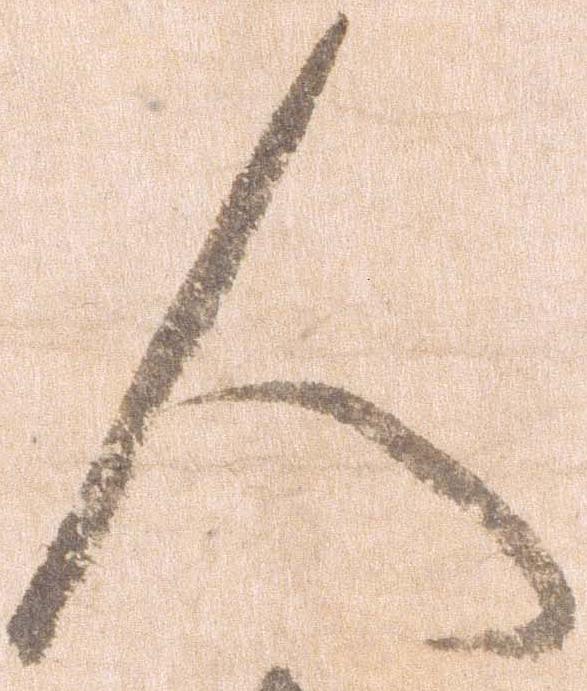
人